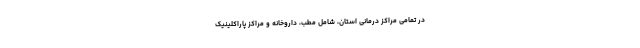
در تمامی مراکز درمانی استان، شامل مطب، داروخانه و مراکز پاراکلینیک